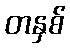
တနှစ်